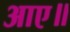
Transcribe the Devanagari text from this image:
आए॥